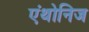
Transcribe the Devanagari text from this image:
एंथोनिज